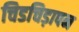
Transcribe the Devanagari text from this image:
चिडचिड़ापन